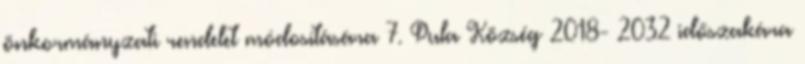
önkormányzati rendelet módosítására 7. Pula Község 2018- 2032 időszakára